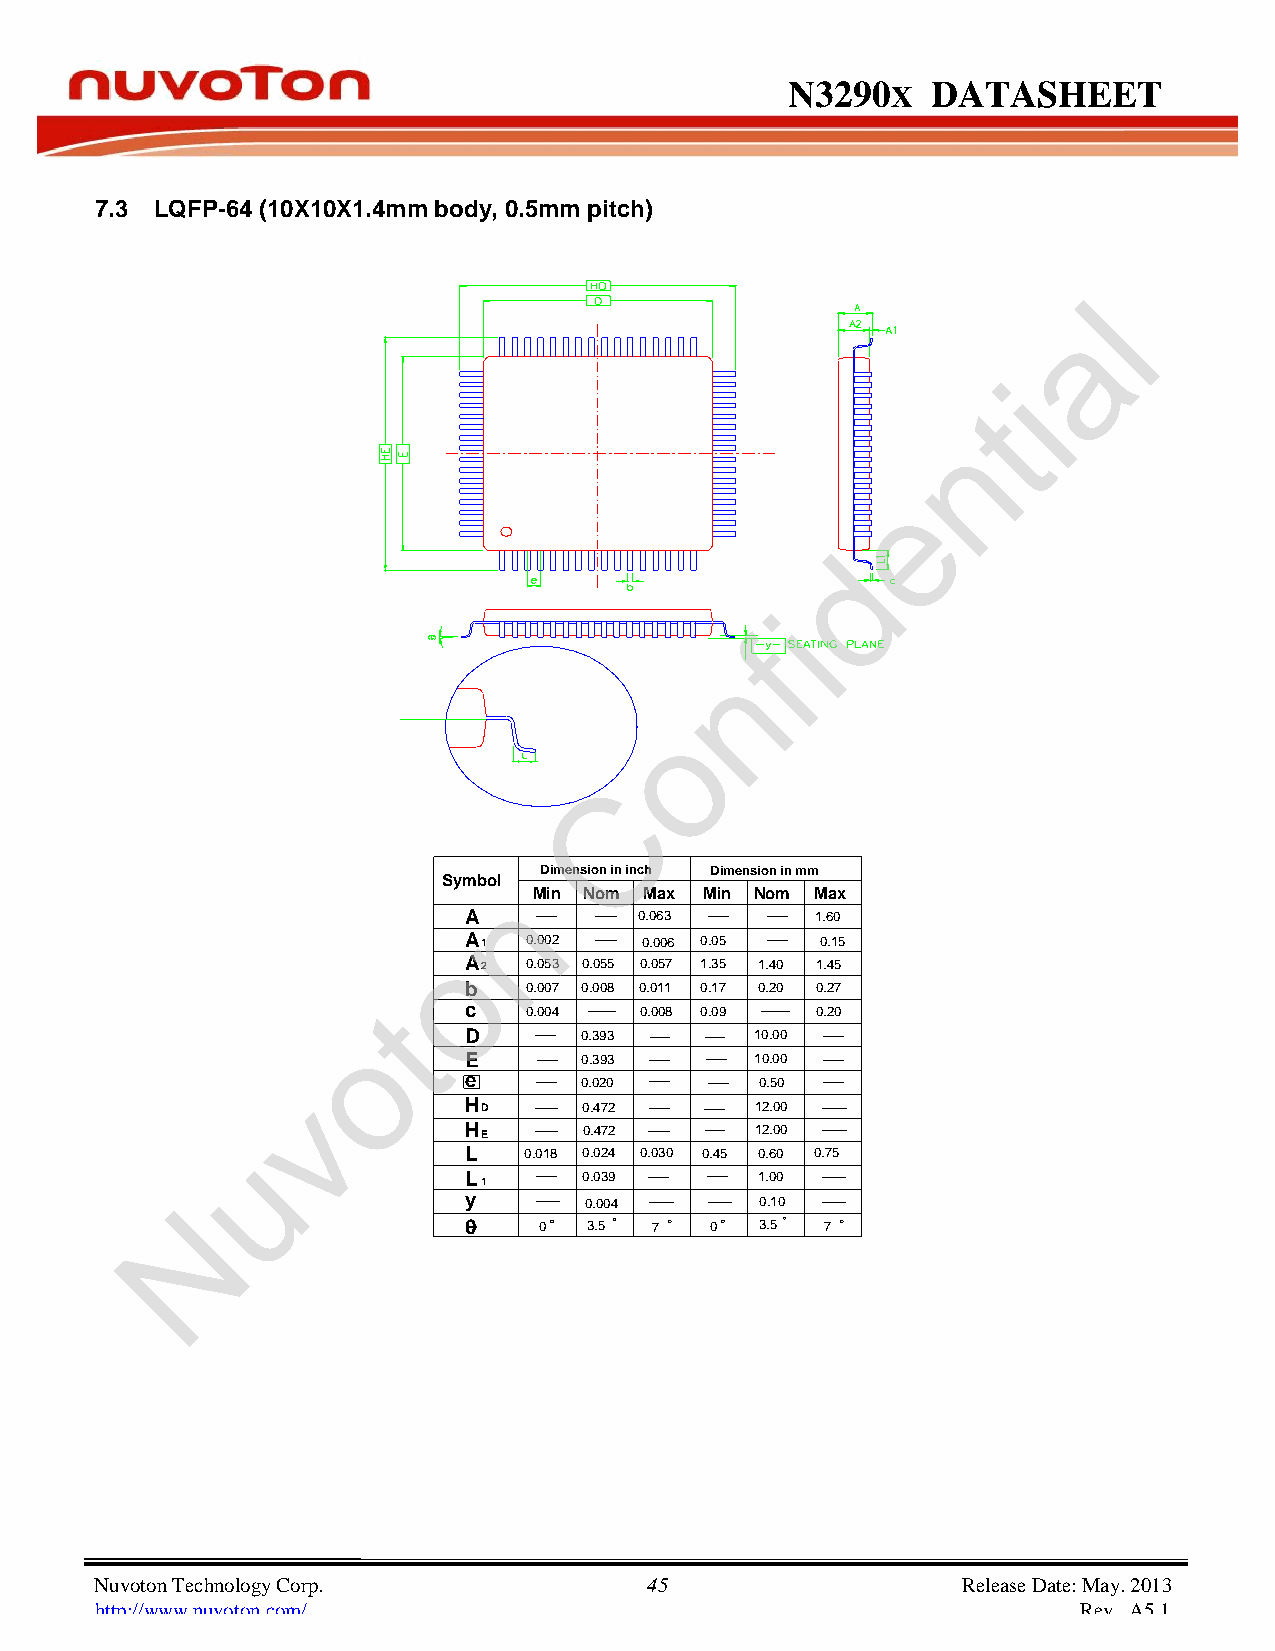
N3290      X DATASHEET
 7.3 LQFP-64 (10X10X1.4mm body, 0.5mm pitch)
 l
 a
 i
 t
 n
 e
 d
 i
 f
 n
 o
 C
 Dimension in inch Dimension in mm
 Symbonl
 Min Nom MaxMaxMin Nom
 A          0.063       1.60
 oA 1  0.002  0.006 0.05  0.15
 A 2 0.053 0.055 0.057 1.35 1.40 1.45
 b   0.007 0.0080.200.011 0.17 0.27
 t
 c   0.004  0.008 0.09  0.20
 o       D      0.393       10.00
 E      0.393       10.00
 v           e      0.020       0.50
 H D     0.472      12.00
 u               H E     0.472      12.00
 L   0.018 0.024 0.030 0.45 0.60 0.75
 L 1     0.039      1.00
 N                  y       0.004      0.10
 0    0  3.5 7   0  3.5  7
 Nuvoton Technology Corp. 45                               Release Date: May. 2013
 http://www.nuvoton.com/                                           Rev. A5.1